Civil Veterinary Dept. Bombay admin report 1893-99 - 1893-1899
Year: 1893
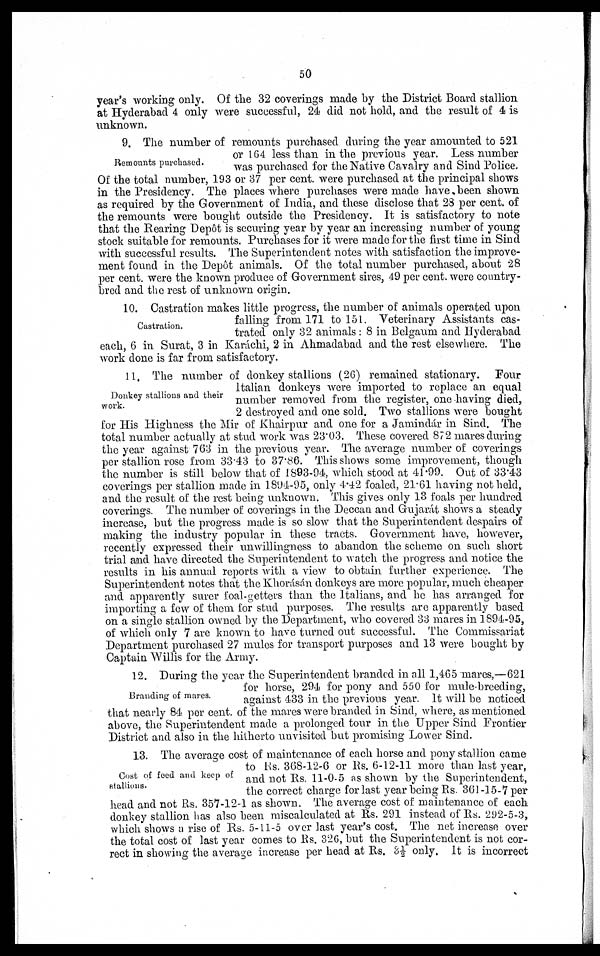
50
year's working only. Of the 32 coverings made by the District Board stallion
at Hyderabad 4 only were successful, 24 did not hold, and the result of 4 is
unknown.
Remounts purchased.
9. The number of remounts purchased during the year amounted to 521
or 164 less than in the previous year. Less number
was purchased for the Native Cavalry and Sind Police.
Of the total number, 193 or 37 per cent. were purchased at the principal shows
in the Presidency. The places where purchases were made have been shown
as required by the Government of India, and these disclose that 28 per cent. of
the remounts were bought outside the Presidency. It is satisfactory to note
that the Rearing Depôt is securing year by year an increasing number of young
stock suitable for remounts. Purchases for it were made for the first time in Sind
with successful results. The Superintendent notes with satisfaction the improve-
ment found in the Depôt animals. Of the total number purchased, about 28
per cent. were the known produce of Government sires, 49 per cent. were country-
bred and the rest of unknown origin.
Castration.
10. Castration makes little progress, the number of animals operated upon
falling from 171 to 151. Veterinary Assistants cas-
trated only 32 animals: 8 in Belgaum and Hyderabad
each, 6 in Surat, 3 in Karáchi, 2 in Ahmadabad and the rest elsewhere. The
work done is far from satisfactory.
Donkey stallions and their
work.
11. The number of donkey stallions (26) remained stationary. Four
Italian donkeys were imported to replace an equal
number removed from the register, one having died,
2 destroyed and one sold. Two stallions were bought
for His Highness the Mir of Khairpur and one for a Jamindár in Sind. The
total number actually at stud work was 23.03. These covered 872 mares during
the year against 763 in the previous year. The average number of coverings
per stallion rose from 33.43 to 37.86. This shows some improvement, though
the number is still below that of 1893-94, which stood at 41.99. Out of 33.43
coverings per stallion made in 1894-95, only 4.42 foaled, 21.61 having not held,
and the result of the rest being unknown. This gives only 13 foals per hundred
coverings. The number of coverings in the Deccan and Gujarát shows a steady
increase, but the progress made is so slow that the Superintendent despairs of
making the industry popular in these tracts. Government have, however,
recently expressed their unwillingness to abandon the scheme on such short
trial and have directed the Superintendent to watch the progress and notice the
results in his annual reports with a view to obtain further experience. The
Superintendent notes that the Khorásán donkeys are more popular, much cheaper
and apparently surer foal-getters than the Italians, and he has arranged for
importing a few of them for stud purposes. The results are apparently based
on a single stallion owned by the Department, who covered 33 mares in 1894-95,
of which only 7 are known to have turned out successful. The Commissariat
Department purchased 27 mules for transport purposes and 13 were bought by
Captain Willis for the Army.
Branding of mares.
12. During the year the Superintendent branded in all 1,465 mares,—621
for horse, 294 for pony and 550 for mule-breeding,
against 433 in the previous year. It will be noticed
that nearly 84 per cent. of the mares were branded in Sind, where, as mentioned
above, the Superintendent made a prolonged tour in the Upper Sind Frontier
District and also in the hitherto unvisited but promising Lower Sind.
Cost of feed and keep of
stallions.
13. The average cost of maintenance of each horse and pony stallion came
to Rs. 368-12-6 or Rs. 6-12-11 more than last year,
and not Rs. 11-0-5 as shown by the Superintendent,
the correct charge for last year being Rs. 361-15-7 per
head and not Rs. 357-12-1 as shown. The average cost of maintenance of each
donkey stallion has also been miscalculated at Rs. 291 instead of RS. 292-5-3,
which shows a rise of Rs. 5-11-5 over last year's cost. The net increase over
the total cost of last year comes to Rs. 326, but the Superintendent is not cor-
rect in showing the average increase per head at Rs. 3½ only. It is incorrect